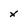
Character: X